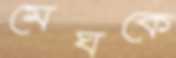
মেঘকে